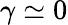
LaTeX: \gamma\simeq 0